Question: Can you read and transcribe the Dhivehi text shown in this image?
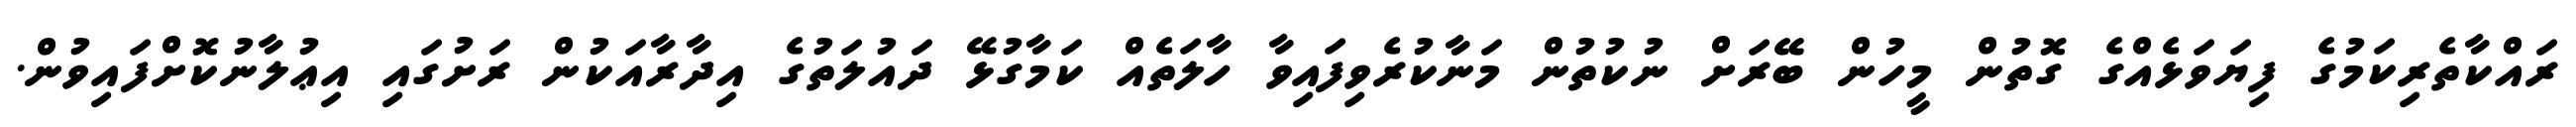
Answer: ރައްކާތެރިކަމުގެ ފިޔަވަޅެއްގެ ގޮތުން މީހުން ބޭރަށް ނުކުތުން މަނާކުރެވިފައިވާ ހާލަތެއް ކަމާގުޅޭ ދައުލަތުގެ އިދާރާއަކުން ރަށުގައި އިޢުލާނުކޮށްފައިވުން.